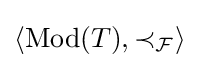
\langle \operatorname {Mod} (T),\prec _{\mathcal {F}}\rangle